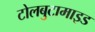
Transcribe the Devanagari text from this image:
टोलबुटामाइड